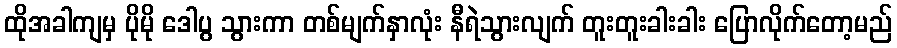
ထိုအခါကျမှ ပိုမို ဒေါပွ သွားကာ တစ်မျက်နှာလုံး နီရဲသွားလျက် တူးတူးခါးခါး ပြောလိုက်တော့မည်